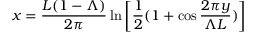
x = \frac { L ( 1 - \Lambda ) } { 2 \pi } \ln \left[ \frac { 1 } { 2 } ( 1 + \cos \frac { 2 \pi y } { \Lambda L } ) \right]